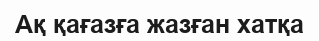
Ақ қағазға жазған хатқа